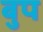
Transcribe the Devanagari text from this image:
बुप